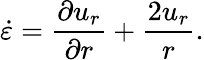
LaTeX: \dot{\varepsilon}=\frac{\partial u_{r}}{\partial r}+\frac{2u_{r}}{r}.